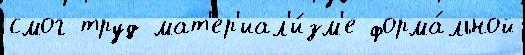
смог труд мат'ер'иал'и́зм'е форма́льной